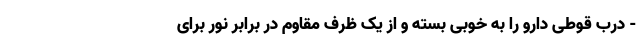
- درب قوطی دارو را به خوبی بسته و از یک ظرف مقاوم در برابر نور برای